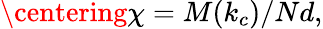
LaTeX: \centering\chi=M(k_{c})/Nd,